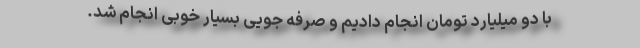
با دو میلیارد تومان انجام دادیم و صرفه جویی بسیار خوبی انجام شد.